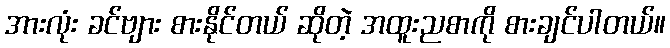
အားလုံး ခင်ဗျား စားနိုင်တယ် ဆိုတဲ့ အထူးညစာကို စားချင်ပါတယ်။